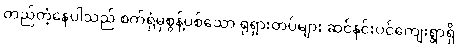
တည်တံ့နေပါသည် စက်ရုံမှစွန့်ပစ်သော ရုရှားတပ်များ ဆင်နင်းပင်ကျေးရွာရှိ